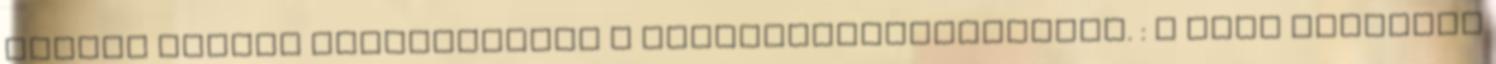
egyedi módját választottad a kapcsolatteremtésnek. : A mező tartalma